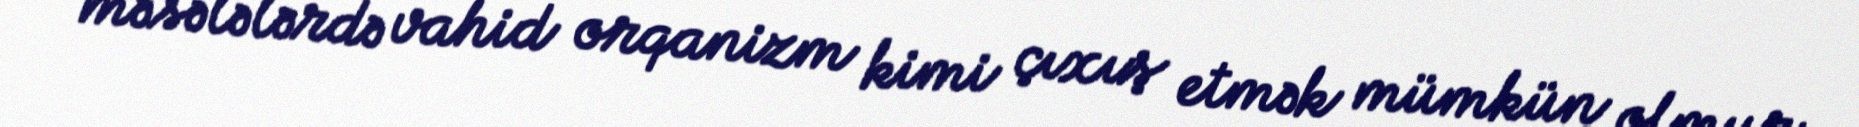
məsələlərdə vahid orqanizm kimi çıxış etmək mümkün olmur.